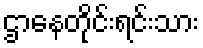
ဌာနေတိုင်းရင်းသား